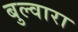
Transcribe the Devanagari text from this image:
बुल्वारा